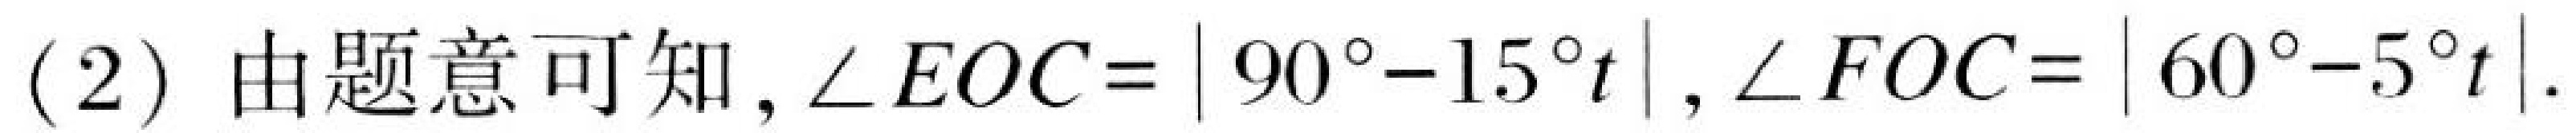
(2) 由题意可知, \(\angle EOC = |90^{\circ}-15^{\circ}t|\), \(\angle FOC = |60^{\circ}-5^{\circ}t|\).